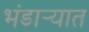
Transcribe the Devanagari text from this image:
भंडार्‍यात